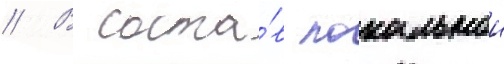
// В соста́в локальнои